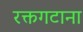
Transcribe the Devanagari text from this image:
रक्तगटाना